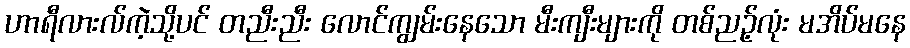
ဟာရီလားလ်ကဲ့သို့ပင် တညီးညီး လောင်ကျွမ်းနေသော မီးကျီးများကို တစ်ညဉ့်လုံး မအိပ်မနေ